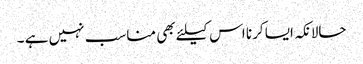
حالانکہ ایسا کرنا اس کیلئے بھی مناسب نہیں ہے ۔